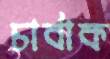
চার্বাক